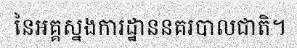
នៃអគ្គស្នងការដ្ឋាននគរបាលជាតិ។